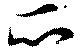
瓜